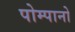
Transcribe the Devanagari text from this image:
पोम्पानो